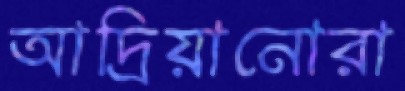
আদ্রিয়ানোরা